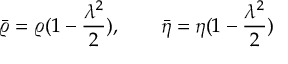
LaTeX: \Omega _ { n } = \frac { 2 \pi ^ { \frac { n + 1 } { 2 } } } { \Gamma \left( \frac { n + 1 } { 2 } \right) } \ .